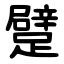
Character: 躄